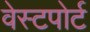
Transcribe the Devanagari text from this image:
वेस्‍टपोर्ट